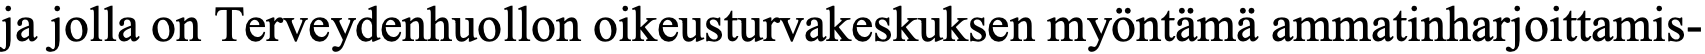
ja jolla on Terveydenhuollon oikeusturvakeskuksen myöntämä ammatinharjoittamis-